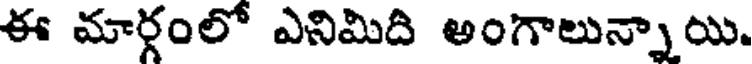
ఈ మార్గంలో ఎనిమిది అంగాలున్నాయి.